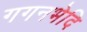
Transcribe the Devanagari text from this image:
गगनभेदि